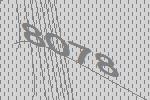
8078